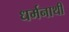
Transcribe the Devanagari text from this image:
धर्मनाथी